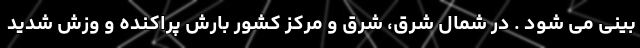
بینی می شود . در شمال شرق، شرق و مرکز کشور بارش پراکنده و وزش شدید